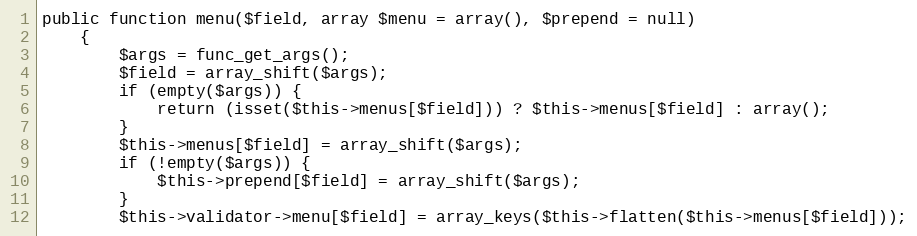
Language: PHP
public function menu($field, array $menu = array(), $prepend = null)
    {
        $args = func_get_args();
        $field = array_shift($args);
        if (empty($args)) {
            return (isset($this->menus[$field])) ? $this->menus[$field] : array();
        }
        $this->menus[$field] = array_shift($args);
        if (!empty($args)) {
            $this->prepend[$field] = array_shift($args);
        }
        $this->validator->menu[$field] = array_keys($this->flatten($this->menus[$field]));